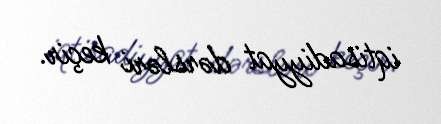
iqtisadiyyat dərsləri keçir.